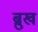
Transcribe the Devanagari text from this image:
ब्रुख